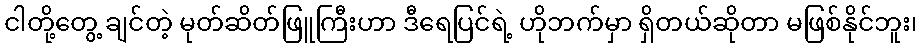
ငါတို့တွေ့ ချင်တဲ့ မုတ်ဆိတ်ဖြူကြီးဟာ ဒီရေပြင်ရဲ့ ဟိုဘက်မှာ ရှိတယ်ဆိုတာ မဖြစ်နိုင်ဘူး၊